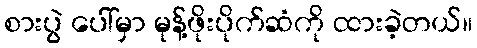
စားပွဲ ပေါ်မှာ မုန့်ဖိုးပိုက်ဆံကို ထားခဲ့တယ်။